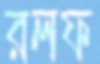
রলফ